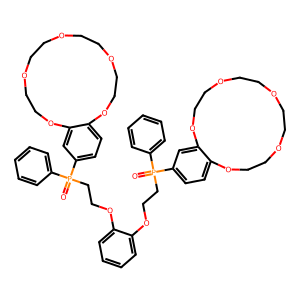
SMILES: O=P(CCOc1ccccc1OCCP(=O)(c1ccccc1)c1ccc2c(c1)OCCOCCOCCOCCO2)(c1ccccc1)c1ccc2c(c1)OCCOCCOCCOCCO2
Inhibits HIV replication: No